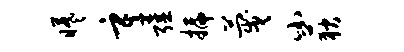
曦辛强插蔑小荻